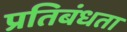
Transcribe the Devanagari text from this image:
प्रतिबंधता